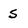
Character: 5